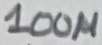
Text: 100µ